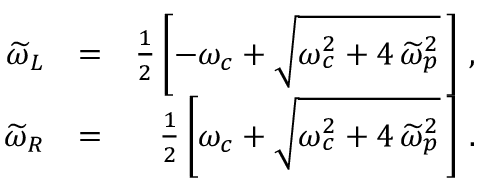
\begin{array} { r l r } { \widetilde { \omega } _ { L } } & { = } & { \frac { 1 } { 2 } \left[ - \omega _ { c } + \sqrt { \omega _ { c } ^ { 2 } + 4 \, \widetilde { \omega } _ { p } ^ { 2 } } \, \right] \, , } \\ { \widetilde { \omega } _ { R } } & { = } & { \frac { 1 } { 2 } \left[ \omega _ { c } + \sqrt { \omega _ { c } ^ { 2 } + 4 \, \widetilde { \omega } _ { p } ^ { 2 } } \, \right] \, . } \end{array}